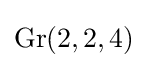
\operatorname {Gr} (2,2,4)